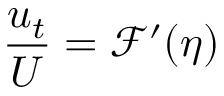
\frac { u _ { t } } { U } = \mathcal { F } ^ { \prime } ( \eta )